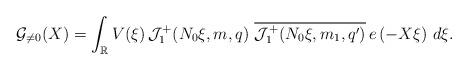
LaTeX: \begin{align*}\mathcal{G}_{\neq 0}(X) = \int_{\mathbb{R}} V(\xi)\, \mathcal{J}^+_1(N_0\xi,m,q)\,\, \overline{\mathcal{J}^+_1(N_0\xi ,m_1,q')}\, e\left(-{X\xi}\right)\, d\xi.\end{align*}